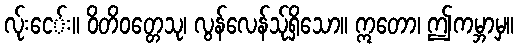
လ်ုးငေ်း။ ဝိတိဝတ္တေသု၊ လွန်လေန်သု်ရှိသော။ ဣတော၊ ဤကမ္ဘာမှ။